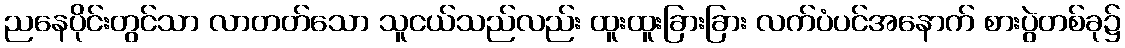
ညနေပိုင်းတွင်သာ လာတတ်သော သူငယ်သည်လည်း ထူးထူးခြားခြား လက်ပံပင်အနောက် စားပွဲတစ်ခု၌